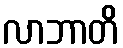
လာဘာတိ